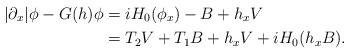
LaTeX: \begin{align*}|\partial_x|\phi-G(h)\phi&=iH_0(\phi_x)-B+h_xV\\&=T_2V+T_1B+h_xV+iH_0(h_xB).\end{align*}